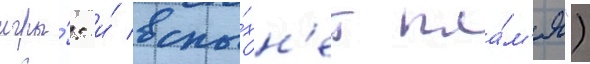
игры́: и́ вспы́хн'ет пла́м'я")